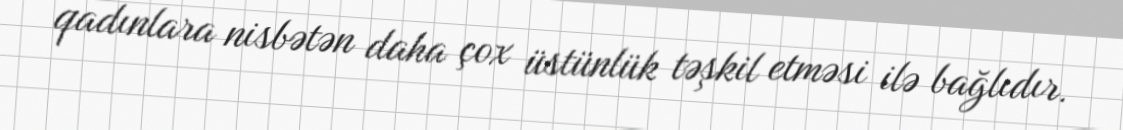
qadınlara nisbətən daha çox üstünlük təşkil etməsi ilə bağlıdır.